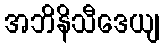
အဘိနိသီဒေယျ